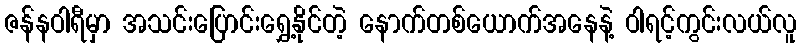
ဇန်နဝါရီမှာ အသင်းပြောင်းရွှေ့နိုင်တဲ့ နောက်တစ်ယောက်အနေနဲ့ ဝါရင့်ကွင်းလယ်လူ